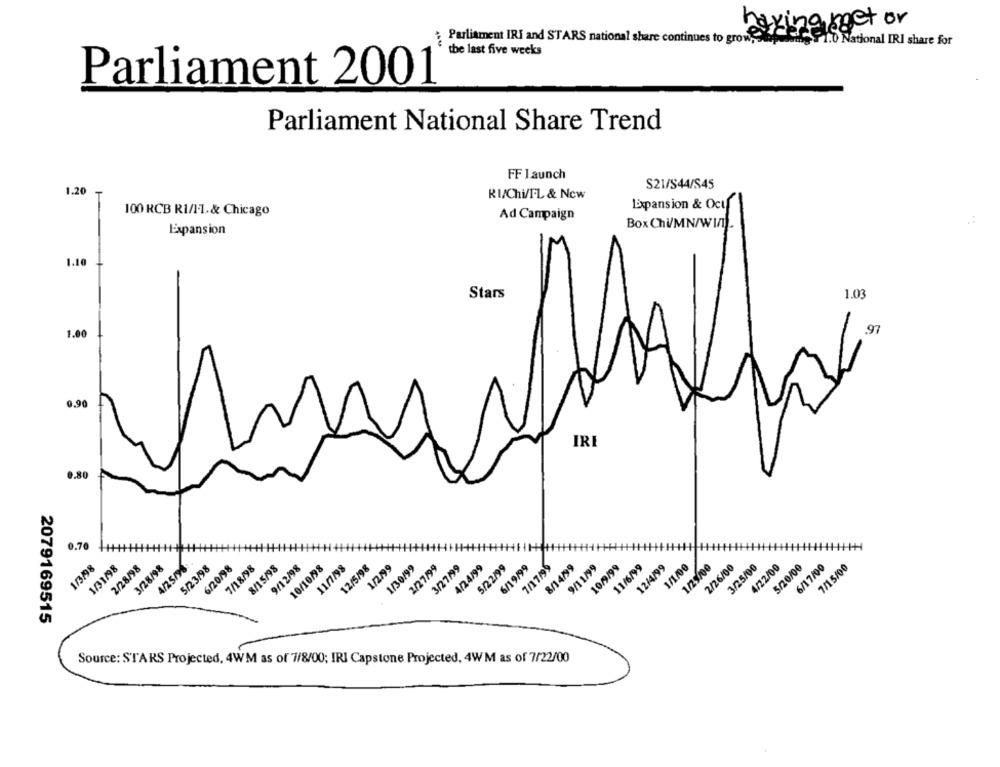
having roet or
Parliament IRI and STARS national share continues to grow,
1.0 National IRI share for
the last five weeks
Parliament 2001
Parliament National Share Trend
FF Launch
S21/S44/S45
1.20
RI/Chi/F.L & Now
Expansion & Oct
100 RCB R1/11. & Chicago
Ad Campaign
Expansion
Box Chi/MN/WI/T).
1.10
Stars
1.03
97
1.00
0.90
IRE
0.80
0.70
1/3/98
1/31/98
2/28/98
3/28/98
4/25/98
5/23/98
6/20/98
7/18/98
8/15/98
9/12/98
10/10/98
11/1198
12/5/98
1/2/99
1/30/99
2/27/99
3/27/99
4/24/99
5/22/99
6/19/99
7/17/99
8/14/99
9/11/99
10/9/99
11/6/99
12/4/99
1/1/00
1/29/00
2/26/00
3/25/00
4/22/00
5/20/00
6/17/00
7/15/00
2079169515
Source: STARS Projected, 4WM as of 7/8/00; IRI Capstone Projected, 4WM as of 7/22/00